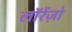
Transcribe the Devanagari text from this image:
लॉरेंज़ो